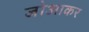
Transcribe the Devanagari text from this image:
जोआकर